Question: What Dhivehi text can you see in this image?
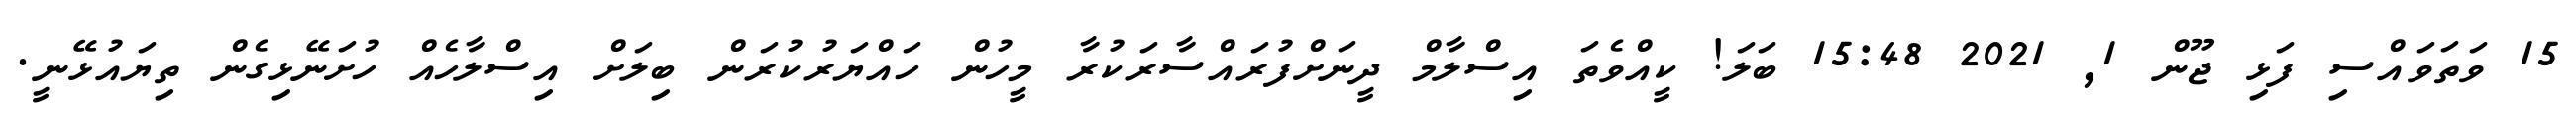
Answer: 15 ވަތަވައްސި ފަޅި ޖޫން 1, 2021 15:48 ބަލަ! ކީއްވެތަ އިސްލާމް ދީނަށްފުރައްސާރަކުރާ މީހުން ހައްޔަރުކުރަން ބިލަށް އިސްލާހެއް ހުށަނޭޅިގެން ތިޔައުޅޭނީ.